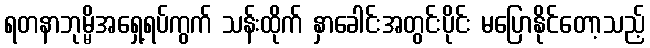
ရတနာဘုမ္မိအရှေ့ရပ်ကွက် သန်းထိုက် နှာခေါင်းအတွင်းပိုင်း မပြောနိုင်တော့သည့်